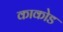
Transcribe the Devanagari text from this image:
काकोड